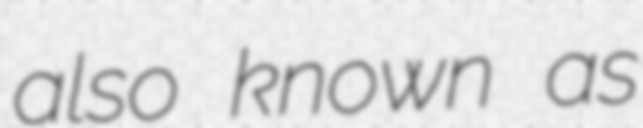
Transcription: also known as